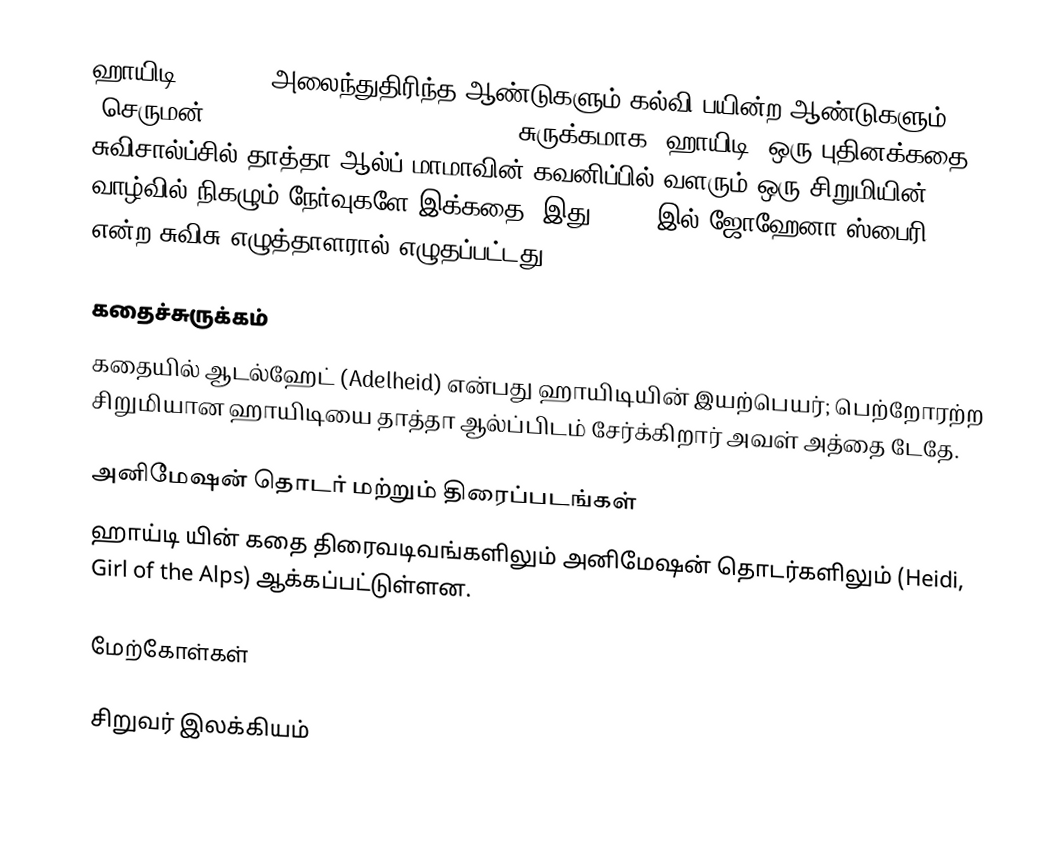
ஹாயிடி(Heidi) - அலைந்துதிரிந்த ஆண்டுகளும் கல்வி பயின்ற ஆண்டுகளும் (செருமன்: Heidis Lehr- und  Wanderjahre), சுருக்கமாக, ஹாயிடி, ஒரு புதினக்கதை; சுவிசால்ப்சில் தாத்தா ஆல்ப் மாமாவின் கவனிப்பில் வளரும் ஒரு சிறுமியின் வாழ்வில் நிகழும் நேர்வுகளே இக்கதை. இது 1880- இல் ஜோஹேனா ஸ்பைரி என்ற சுவிசு எழுத்தாளரால் எழுதப்பட்டது.

கதைச்சுருக்கம்
கதையில் ஆடல்ஹேட் (Adelheid) என்பது ஹாயிடியின் இயற்பெயர்; பெற்றோரற்ற சிறுமியான ஹாயிடியை தாத்தா ஆல்ப்பிடம் சேர்க்கிறார் அவள் அத்தை டேதே.

அனிமேஷன் தொடர் மற்றும் திரைப்படங்கள்
ஹாய்டி யின் கதை திரைவடிவங்களிலும் அனிமேஷன் தொடர்களிலும் (Heidi, Girl of the Alps) ஆக்கப்பட்டுள்ளன.

மேற்கோள்கள்

சிறுவர் இலக்கியம்